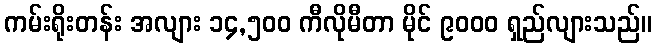
ကမ်းရိုးတန်း အလျား ၁၄,၅၀၀ ကီလိုမီတာ မိုင် ၉၀၀၀ ရှည်လျားသည်။